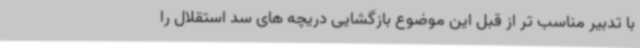
با تدبیر مناسب تر از قبل این موضوع بازگشایی دریچه های سد استقلال را